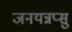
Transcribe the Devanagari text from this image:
जनयन्नप्सु